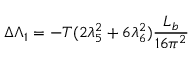
\Delta \Lambda _ { 1 } = - T ( 2 \lambda _ { 5 } ^ { 2 } + 6 \lambda _ { 6 } ^ { 2 } ) { \frac { L _ { b } } { 1 6 \pi ^ { 2 } } }